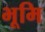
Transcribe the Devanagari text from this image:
भूमि